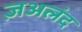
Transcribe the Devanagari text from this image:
ज़अलंद